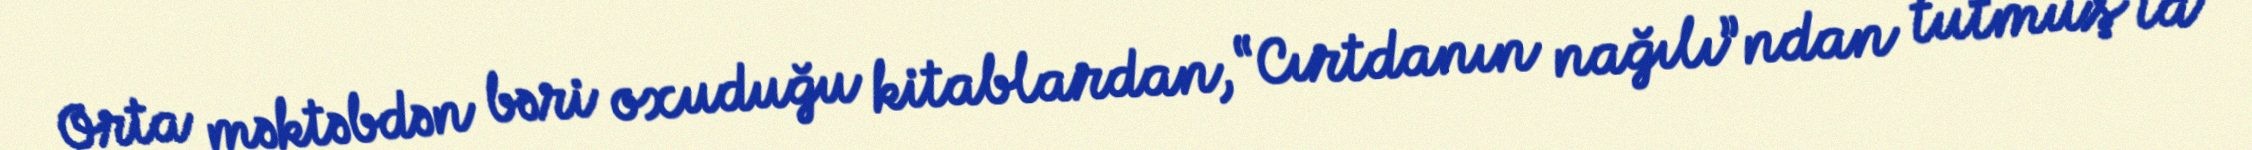
Orta məktəbdən bəri oxuduğu kitablardan, “Cırtdanın nağılı”ndan tutmuş ta